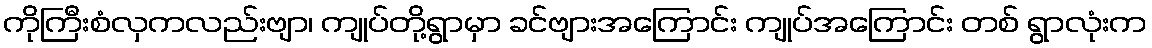
ကိုကြီးစံလှကလည်းဗျာ၊ ကျုပ်တို့ရွာမှာ ခင်ဗျားအကြောင်း ကျုပ်အကြောင်း တစ် ရွာလုံးက